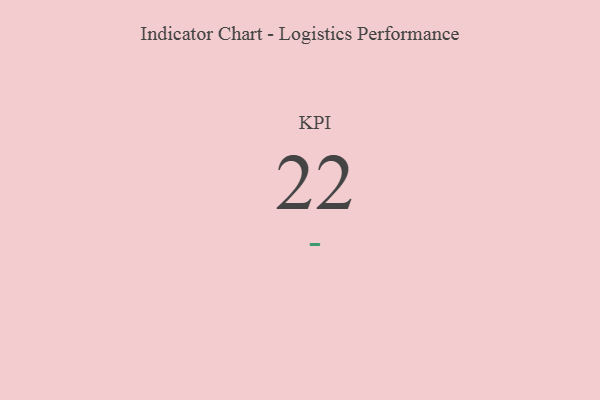
{"axis": {"x": "KPI", "y": "Value"}, "legend": [""], "data": [{"x": "KPI", "y": 22, "type": ""}]}